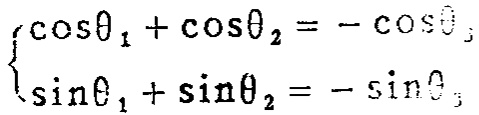
$\begin{cases}
\cos\theta _{1}+\cos\theta _{2}=-\cos\theta _{3}\\
\sin\theta _{1}+\sin\theta _{2}=-\sin\theta _{3}
\end{cases}$